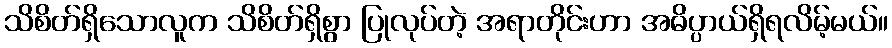
သိစိတ်ရှိသောလူက သိစိတ်ရှိစွာ ပြုလုပ်တဲ့ အရာတိုင်းဟာ အဓိပ္ပာယ်ရှိရလိမ့်မယ်။